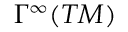
\Gamma ^ { \infty } ( T M )